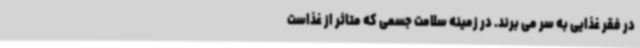
در فقر غذایی به سر می برند. در زمینه سلامت جسمی که متاثر از غذاست